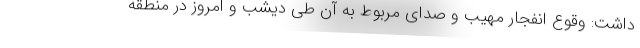
داشت: وقوع انفجار مهیب و صدای مربوط به آن طی دیشب و امروز در منطقه